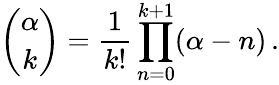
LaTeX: \binom{\alpha}{k}=\frac{1}{k!}\prod_{n=0}^{k+1}(\alpha-n)\, .